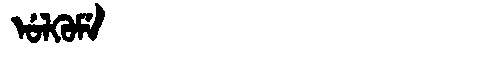
Manchu: ᡠᠯᡴᡠᠮᡝ
Romanization: ULKUME